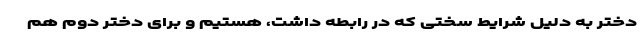
دختر به دلیل شرایط سختی که در رابطه داشت، هستیم و برای دختر دوم هم